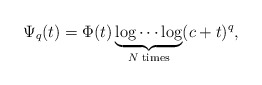
\begin{align*} \Psi_q(t)=\Phi(t)\underbrace{\log\cdots\log}_{N\;\mathrm{times}}(c+t)^q,\end{align*}